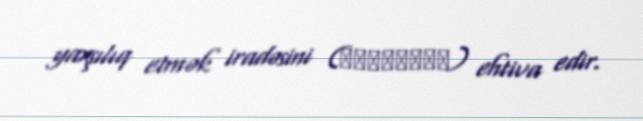
yaxşılıq etmək iradəsini (βούλησις) ehtiva edir.